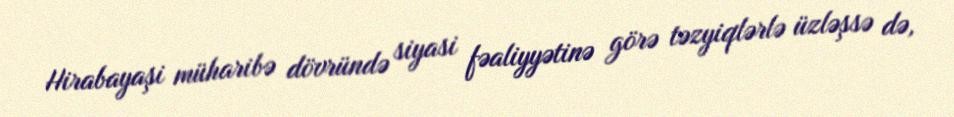
Hirabayaşi müharibə dövründə siyasi fəaliyyətinə görə təzyiqlərlə üzləşsə də,